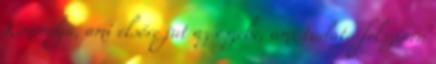
Kimondja, ami elsőre jut az eszébe, ami tudata felszínén